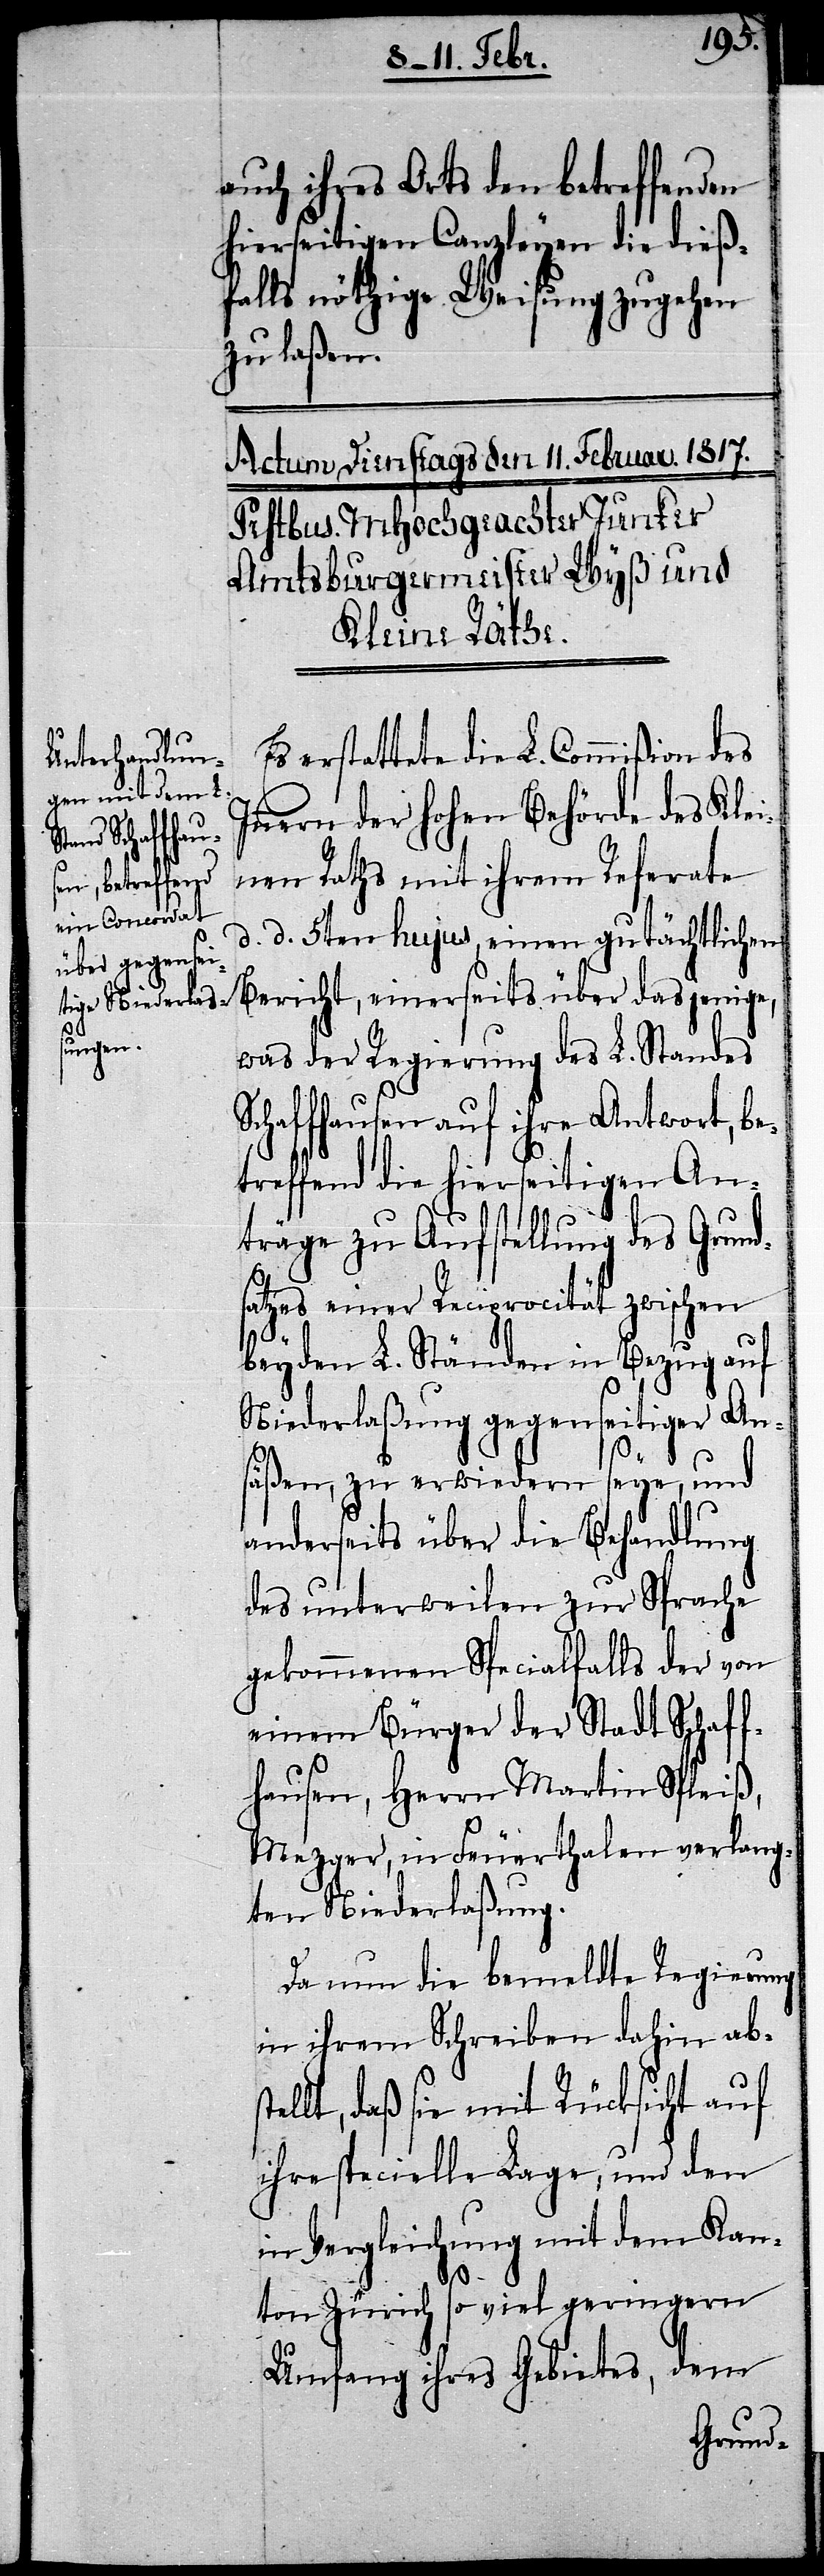
ste¬

auch ihres Orts den betreffenden
hierseitigen Canzleyen die dieß¬
falls nöthige Weisung zugehen
zu laßen.
Es erstattete die L. Commißion des
Innern der hohen Behörde des Klei¬
nen Raths mit ihrem Referate
d. d. 5ten hujus, einen gutächtlichen
Bericht, einerseits über dasjenige,
was der Regierung des L. Standes
Schaffhausen auf ihre Antwort, be¬
treffend die hierseitigen An¬
träge zu Aufstellung des Grunds¬
atzes einer Reciprocität zwischen
beyden L. Ständen in Bezug auf
Niederlaßung gegenseitiger An¬
säßen, zu erwiedern seye, und
anderseits über die Behandlung
des unterweilen zur Sprache
gekommenen Specialfalls der von
einem Bürger der Stadt Schaff¬
hausen, Herrn Martin Spleiß,
Mezger, in Feuerthalen verlang¬
ten Niederlaßung.
Da nun die bemeldte Regierung
in ihrem Schreiben dahin ab¬
llt, daß sie mit Rücksicht auf
ihre specielle Lage, und den
in Vergleichung mit dem Kan¬
ton Zürich so viel geringern
Umfang ihres Gebietes, dem